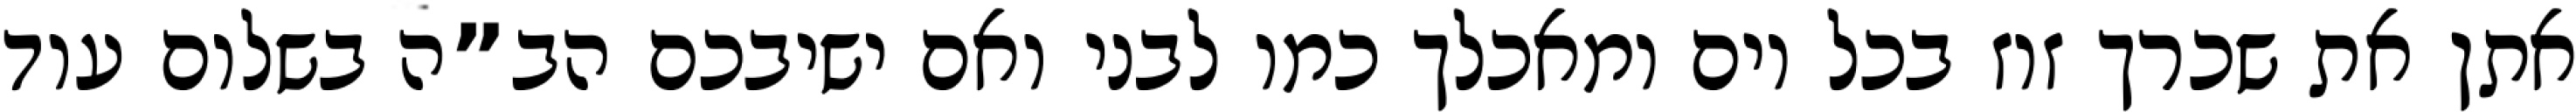
אתן את שכרך זוז בכל יום ומאכלך כמו לבני ואם ישיבכם הב”ה בשלום עוד